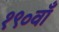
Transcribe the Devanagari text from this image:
१९०वाँ